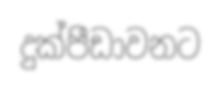
දුක්පීඩාවනට